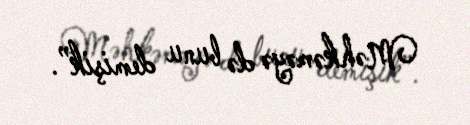
Məhkəməyə də bunu demişik”.